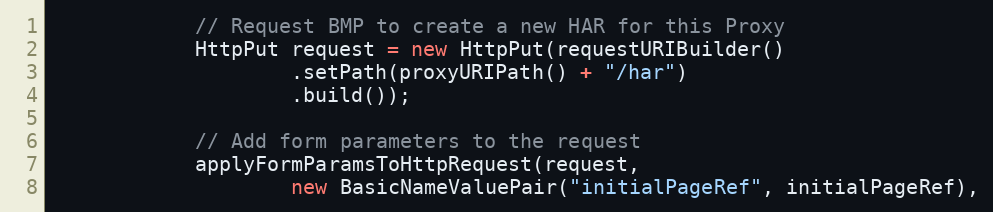
Language: Java
            // Request BMP to create a new HAR for this Proxy
            HttpPut request = new HttpPut(requestURIBuilder()
                    .setPath(proxyURIPath() + "/har")
                    .build());

            // Add form parameters to the request
            applyFormParamsToHttpRequest(request,
                    new BasicNameValuePair("initialPageRef", initialPageRef),